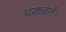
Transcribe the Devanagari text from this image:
पकडते।